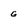
Character: g